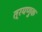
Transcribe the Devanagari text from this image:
त्रयणुक